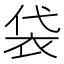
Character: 袋